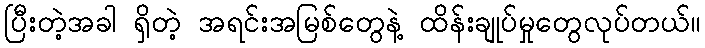
ပြီးတဲ့အခါ ရှိတဲ့ အရင်းအမြစ်တွေနဲ့ ထိန်းချုပ်မှုတွေလုပ်တယ်။